Document type: bank_statement
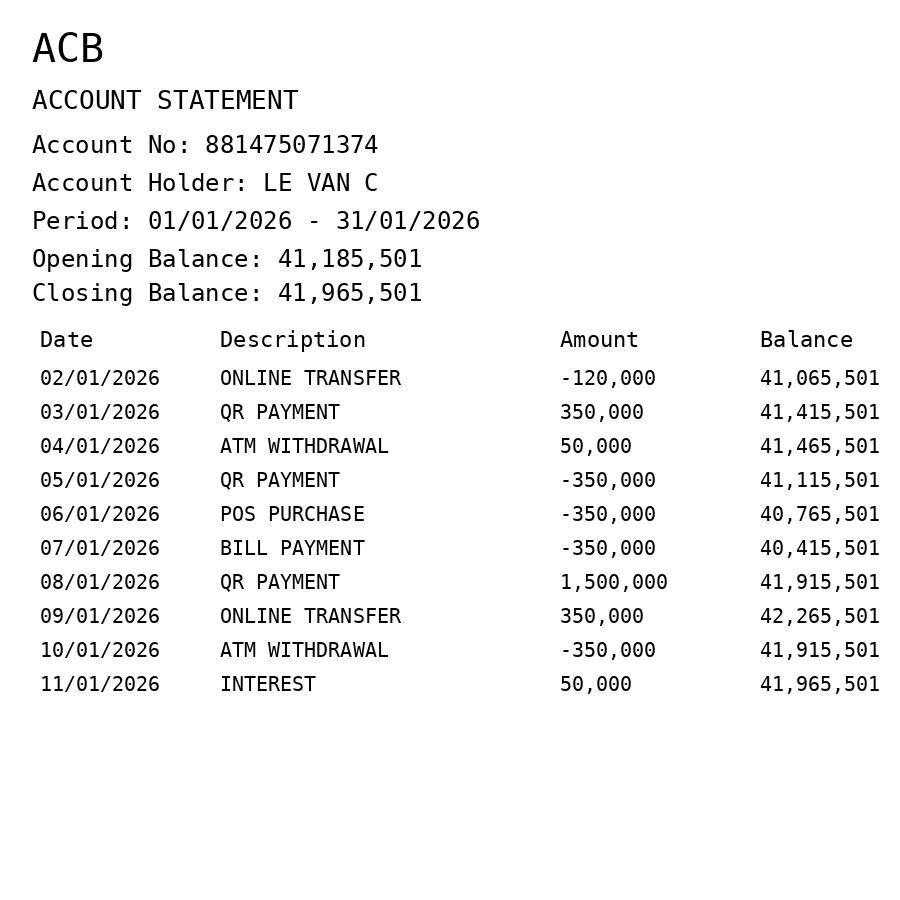
OCR transcript:
ACB
ACCOUNT STATEMENT
Account No: 881475071374
Account Holder: LE VAN C
Period: 01/01/2026 - 31/01/2026
Opening Balance: 41,185,501
Closing Balance: 41,965,501
Date
Description
Amount
Balance
02/01/2026
ONLINE TRANSFER
-120,000
41,065,501
03/01/2026
QR PAYMENT
350,000
41,415,501
04/01/2026
ATM WITHDRAWAL
50,000
41,465,501
05/01/2026
QR PAYMENT
-350,000
41,115,501
06/01/2026
POS PURCHASE
-350,000
40,765,501
07/01/2026
BILL PAYMENT
-350,000
40,415,501
08/01/2026
QR PAYMENT
1,500,000
41,915,501
09/01/2026
ONLINE TRANSFER
350,000
42,265,501
10/01/2026
ATM WITHDRAWAL
-350,000
41,915,501
11/01/2026
INTEREST
50,000
41,965,501
Extracted fields:
bank_name: acb
account_number: 881475071374
account_holder: le van c
statement_period: 01/01/2026 - 31/01/2026
opening_balance: 41185501
closing_balance: 41965501
transactions: date: 2026-01-02
description: online transfer
amount: -120000
balance: 41065501
date: 2026-01-03
description: qr payment
amount: 350000
balance: 41415501
date: 2026-01-04
description: atm withdrawal
amount: 50000
balance: 41465501
date: 2026-01-05
description: qr payment
amount: -350000
balance: 41115501
date: 2026-01-06
description: pos purchase
amount: -350000
balance: 40765501
date: 2026-01-07
description: bill payment
amount: -350000
balance: 40415501
date: 2026-01-08
description: qr payment
amount: 1500000
balance: 41915501
date: 2026-01-09
description: online transfer
amount: 350000
balance: 42265501
date: 2026-01-10
description: atm withdrawal
amount: -350000
balance: 41915501
date: 2026-01-11
description: interest
amount: 50000
balance: 41965501